Report of the Indian Hemp Drugs Commission, 1894-1895 - Volume I
Year: 1894
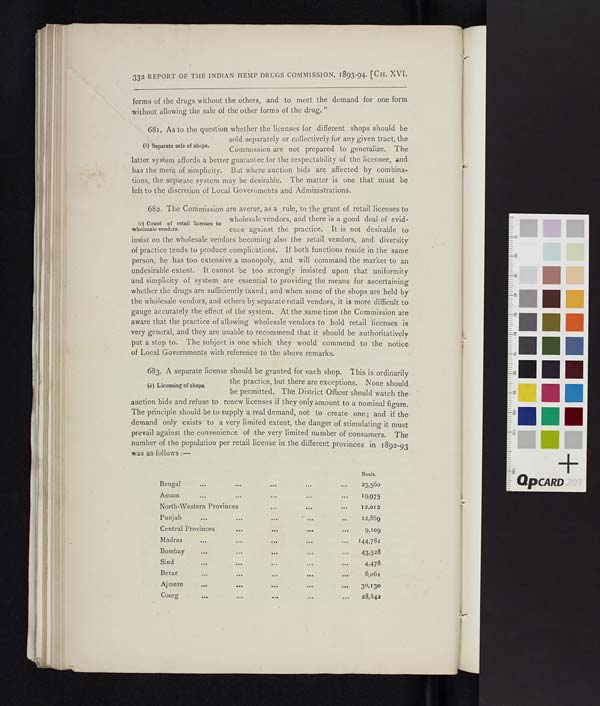
332 REPORT OF THE INDIAN HEMP DRUGS COMMISSION, 1893-94. [CH. XVI.
forms of the drugs without the others, and to meet the demand for one form
without allowing the sale of the other forms of the drug."
(b) Separate sale of shops.
681. As to the question whether the licenses for different shops should be
sold separately or collectively for any given tract, the
Commission are not prepared to generalize. The
latter system affords a better guarantee for the respectability of the licensee, and
has the mt of simplicity. But where auction bids are affected by combina-
tions, the serate system may be desirable. The matter is one that must be
left to the disction of Local Governments and Administrations.
(c) Grant of retail licenses to
wholesale vendors.
682. The Commission are averse, as a rule, to the grant of retail licenses to
wholesale vendors, and there is a good deal of evid-
ence against the practice. It is not desirable to
insist on the wholesale vedors becoming also the retail vendors, and diversity
of practice tends to produc complications. If both functions reside in the same
person, he has too extensiv a monopoly, and will command the market to an
undesirable extent. It cannot be too strongly insisted upon that uniformity
and simplicity of system are essential to providing the means for ascertaining
whether the drugs are sufficiently axed; and when some of the shops are held by
the wholesale vendors, and others b separate retail vendors, it is more difficult to
gauge accurately the effect of the system. At the same time the Commission are
aware that the practice of allowing wholesale vendors to hold retail licenses is
very general, and they are unable to recommend that it should be authoritatively
put a stop to. The subject is one which they would commend to the notice
of Local Governments with reference to the above remarks.
(d) Licensing of shops.
683. A separate license should be granted for each shop. This is ordinarily
the practice, but there are exceptions. None should
be permitted. The District Officer should watch the
auction bids and refuse to renew licenses if they only amount to a nominal figure.
The principle should be to supply a real demand, not to create one; and if the
demand only exists to a very limited extent, the danger of stimulating it must
prevail against the convenience of the very limited number of consumers. The
number of the population per retail license in the different provinces in 1892-93
was as follows:—
Souls.
Bengal
23,560
Assam
19,975
North-Western Provinces
12,012
Punjab
12,869
Central Provinces
9,109
Madras
144,781
Bombay
43,528
Sind
4,478
Berar
6,061
Ajmere
30,130
Coorg
28,842